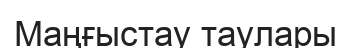
Маңғыстау таулары